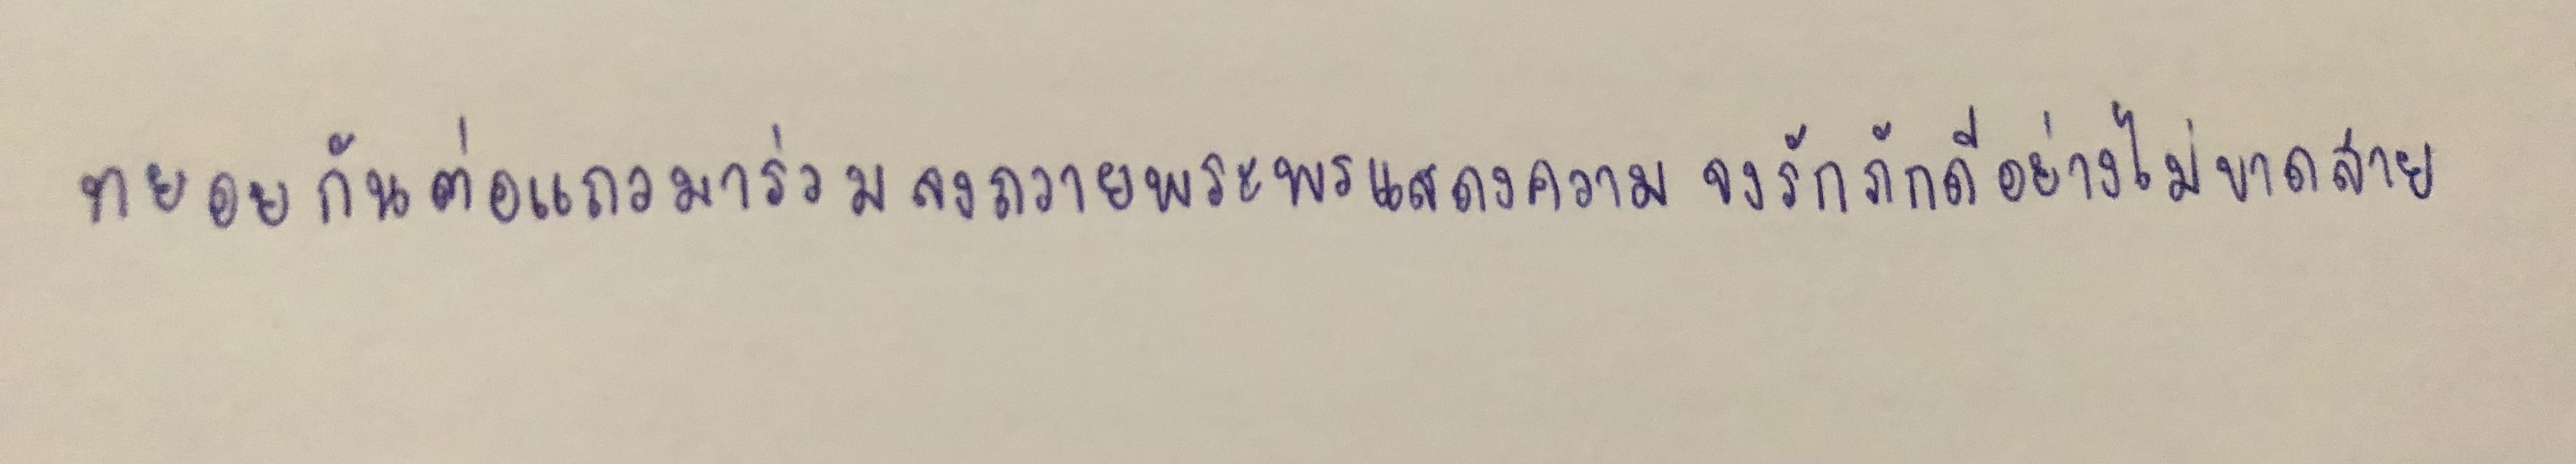
ทยอยกันต่อแถวมาร่วมลงถวายพระพรแสดงความจงรักภักดีอย่างไม่ขาดสาย